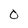
Character: 0